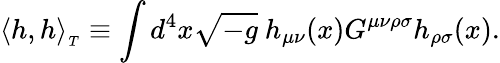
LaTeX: \langle h,h\rangle_{_T}\equiv\int d^{4}x\sqrt{-g}\ h_{\mu\nu}(x)G^{\mu\nu\rho\sigma}h_{\rho\sigma}(x).